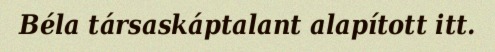
Béla társaskáptalant alapított itt.